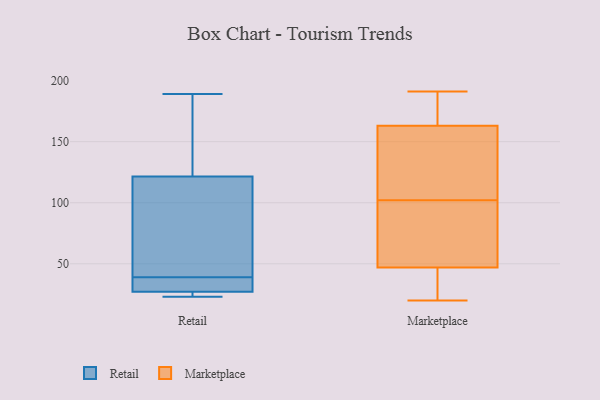
{"axis": {"x": "Market Share (%)", "y": "Value"}, "legend": ["Marketplace", "Retail"], "data": [{"x": "", "y": 189, "type": "Retail"}, {"x": "", "y": 23, "type": "Retail"}, {"x": "", "y": 58, "type": "Retail"}, {"x": "", "y": 27, "type": "Retail"}, {"x": "", "y": 173, "type": "Retail"}, {"x": "", "y": 25, "type": "Retail"}, {"x": "", "y": 38, "type": "Retail"}, {"x": "", "y": 40, "type": "Retail"}, {"x": "", "y": 141, "type": "Retail"}, {"x": "", "y": 34, "type": "Retail"}, {"x": "", "y": 27, "type": "Retail"}, {"x": "", "y": 102, "type": "Retail"}, {"x": "", "y": 182, "type": "Marketplace"}, {"x": "", "y": 131, "type": "Marketplace"}, {"x": "", "y": 20, "type": "Marketplace"}, {"x": "", "y": 95, "type": "Marketplace"}, {"x": "", "y": 40, "type": "Marketplace"}, {"x": "", "y": 52, "type": "Marketplace"}, {"x": "", "y": 44, "type": "Marketplace"}, {"x": "", "y": 61, "type": "Marketplace"}, {"x": "", "y": 22, "type": "Marketplace"}, {"x": "", "y": 50, "type": "Marketplace"}, {"x": "", "y": 165, "type": "Marketplace"}, {"x": "", "y": 154, "type": "Marketplace"}, {"x": "", "y": 84, "type": "Marketplace"}, {"x": "", "y": 174, "type": "Marketplace"}, {"x": "", "y": 28, "type": "Marketplace"}, {"x": "", "y": 109, "type": "Marketplace"}, {"x": "", "y": 191, "type": "Marketplace"}, {"x": "", "y": 161, "type": "Marketplace"}, {"x": "", "y": 130, "type": "Marketplace"}, {"x": "", "y": 167, "type": "Marketplace"}]}